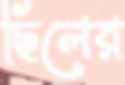
ছিলের